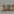
بعد